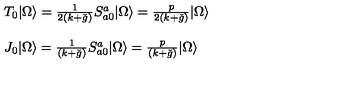
\begin{array} { l } { T _ { 0 } | \Omega \rangle = \frac { 1 } { 2 ( k + \check { g } ) } S _ { a 0 } ^ { a } | \Omega \rangle = \frac { p } { 2 ( k + \check { g } ) } | \Omega \rangle } \\ { \ } \\ { J _ { 0 } | \Omega \rangle = \frac { 1 } { ( k + \check { g } ) } S _ { a 0 } ^ { a } | \Omega \rangle = \frac { p } { ( k + \check { g } ) } | \Omega \rangle } \\ \end{array}